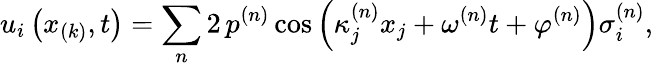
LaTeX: u_{i}\left(x_{(k)},t\right)=\sum_{n}2\, p^{(n)}\cos\left(\kappa_{j}^{(n)}x_{j}+\omega^{(n)}t+\varphi^{(n)}\right)\sigma_{i}^{(n)},